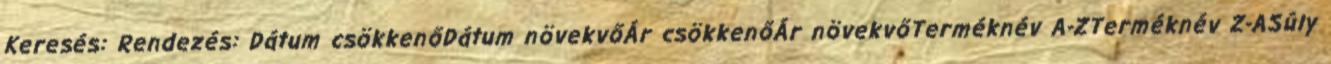
Keresés: Rendezés: Dátum csökkenőDátum növekvőÁr csökkenőÁr növekvőTerméknév A-ZTerméknév Z-ASúly